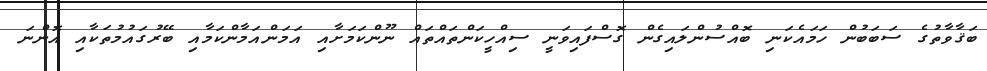
ބަޤާވާތުގެ ސަބަބުން ހަމައެކަނި ބޮއްސުންލައިގެން ގޮސްފައިވަނީ ސިއްހީކަންތައްތައް ނޫންކަމަށާއި އަމަންއަމާންކަމާއި ބޭރުގައުމުތަކާއި އޮންނަ